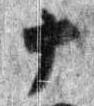
十